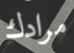
مرادك